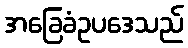
အခြေခံဥပဒေသည်